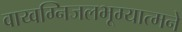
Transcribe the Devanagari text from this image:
वाय्वग्निजलभूम्यात्मने